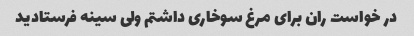
در خواست ران برای مرغ سوخاری داشتم ولی سینه فرستادید